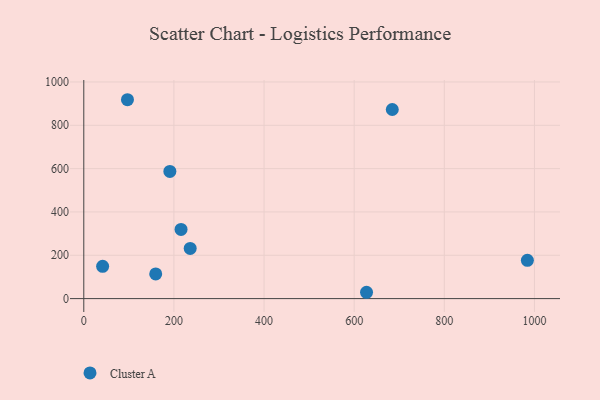
{"axis": {"x": "Study Hours", "y": "Exam Score"}, "legend": ["Cluster A"], "data": [{"x": "684.5", "y": 872.8, "type": "Cluster A"}, {"x": "236.1", "y": 231.8, "type": "Cluster A"}, {"x": "159.6", "y": 114.0, "type": "Cluster A"}, {"x": "41.8", "y": 149.2, "type": "Cluster A"}, {"x": "191.0", "y": 587.0, "type": "Cluster A"}, {"x": "984.3", "y": 176.6, "type": "Cluster A"}, {"x": "215.8", "y": 319.5, "type": "Cluster A"}, {"x": "96.9", "y": 918.0, "type": "Cluster A"}, {"x": "627.4", "y": 29.2, "type": "Cluster A"}]}